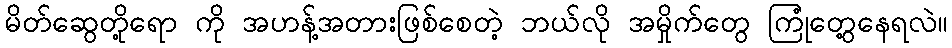
မိတ်ဆွေတို့ရော ကို အဟန့်အတားဖြစ်စေတဲ့ ဘယ်လို အမှိုက်တွေ ကြုံတွေ့နေရလဲ။